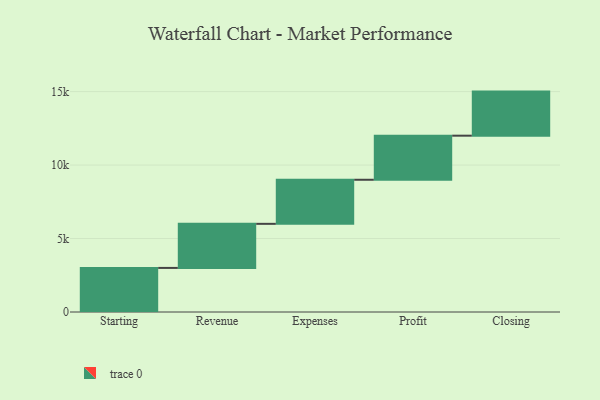
{"axis": {"x": "Step", "y": "Value"}, "legend": [""], "data": [{"x": "Starting", "y": 3000, "type": ""}, {"x": "Revenue", "y": 3000, "type": ""}, {"x": "Expenses", "y": 3000, "type": ""}, {"x": "Profit", "y": 3000, "type": ""}, {"x": "Closing", "y": 3000, "type": ""}]}